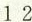
1 2